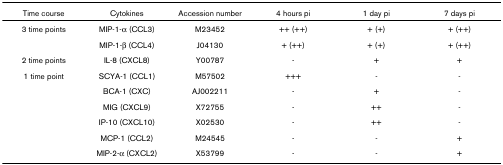
<table><thead><tr><td><b>Time course</b></td><td><b>Cytokines</b></td><td><b>Accession number</b></td><td><b>4 hours pi</b></td><td><b>1 day pi</b></td><td><b>7 days pi</b></td></tr></thead><tbody><tr><td>3 time points</td><td>MIP-1-α (CCL3)</td><td>M23452</td><td>++ (++)</td><td>+ (+)</td><td>+ (++)</td></tr><tr><td></td><td>MIP-1-β (CCL4)</td><td>J04130</td><td>+ (++)</td><td>+ (+)</td><td>+ (++)</td></tr><tr><td>2 time points</td><td>IL-8 (CXCL8)</td><td>Y00787</td><td>-</td><td>+</td><td>+</td></tr><tr><td>1 time point</td><td>SCYA-1 (CCL1)</td><td>M57502</td><td>+++</td><td>-</td><td>-</td></tr><tr><td></td><td>BCA-1 (CXC)</td><td>AJ002211</td><td>-</td><td>+</td><td>-</td></tr><tr><td></td><td>MIG (CXCL9)</td><td>X72755</td><td>-</td><td>++</td><td>-</td></tr><tr><td></td><td>IP-10 (CXCL10)</td><td>X02530</td><td>-</td><td>++</td><td>-</td></tr><tr><td></td><td>MCP-1 (CCL2)</td><td>M24545</td><td>-</td><td>-</td><td>+</td></tr><tr><td></td><td>MIP-2-α (CXCL2)</td><td>X53799</td><td>-</td><td>-</td><td>+</td></tr></tbody></table>